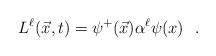
LaTeX: \begin{align*}L^\ell(\vec{x},t) = \psi^{+} (\vec{x}) \alpha^\ell \psi(x) ~~.\end{align*}